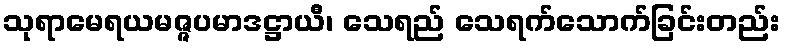
သုရာမေရယမဇ္ဇပမာဒဋ္ဌာယီ၊ သေရည် သေရက်သောက်ခြင်းတည်း